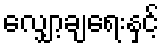
လျှော့ချရေးနှင့်